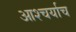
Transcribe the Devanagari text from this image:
आश्चर्याच